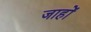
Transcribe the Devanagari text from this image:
जाहों